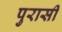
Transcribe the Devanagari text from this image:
पुरासी